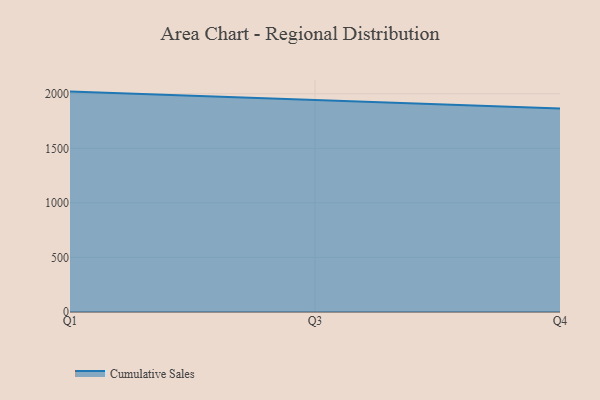
{"axis": {"x": "Quarter", "y": "Conversion Rate (%)"}, "legend": ["Cumulative Sales"], "data": [{"x": "Q1", "y": 2019.9, "type": "Cumulative Sales"}, {"x": "Q3", "y": 1943.1, "type": "Cumulative Sales"}, {"x": "Q4", "y": 1865.4, "type": "Cumulative Sales"}]}